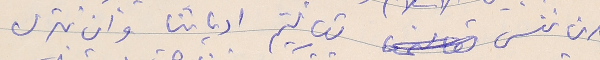
ان ننسى تعاليم ادياننا وان نترك